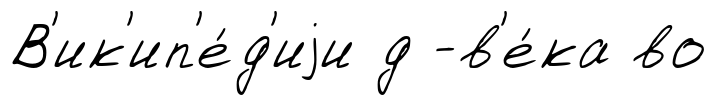
В'ик'ип'е́д'иjи д -в'е́ка во